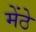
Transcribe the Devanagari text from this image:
मेंठे